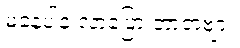
မနေပါနဲ့ လာပြော တာတဲ့ဗျာ။